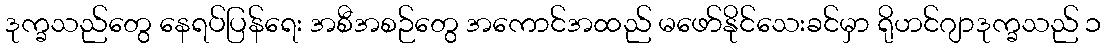
ဒုက္ခသည်တွေ နေရပ်ပြန်ရေး အစီအစဉ်တွေ အကောင်အထည် မဖော်နိုင်သေးခင်မှာ ရိုဟင်ဂျာဒုက္ခသည် ၁